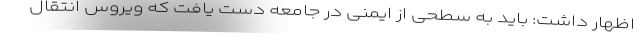
اظهار داشت: باید به سطحی از ایمنی در جامعه دست یافت که ویروس انتقال